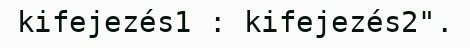
kifejezés1 : kifejezés2".